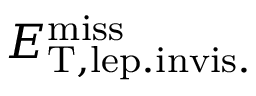
E _ { \mathrm { T , l e p . i n v i s . } } ^ { \mathrm { m i s s } }